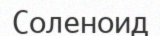
Соленоид